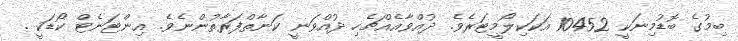
ބިމުގެ ބޮޑުމިނަކީ 10452 އަކަކިލޯމީޓަރެވެ. ދުއްވާއެއްޗެހި ދުއްވަނީ ކަނާތްފަރާތުންނެވެ. އިންޓަނެޓް ކޯޑަކީ .